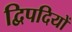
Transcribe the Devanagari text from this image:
द्विपदियों